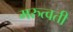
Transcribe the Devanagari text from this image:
मरुत्वती